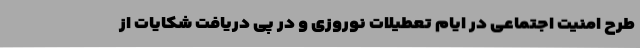
طرح امنیت اجتماعی در ایام تعطیلات نوروزی و در پی دریافت شکایات از